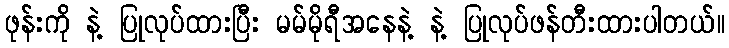
ဖုန်းကို နဲ့ ပြုလုပ်ထားပြီး မမ်မိုရီအနေနဲ့ နဲ့ ပြုလုပ်ဖန်တီးထားပါတယ်။